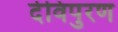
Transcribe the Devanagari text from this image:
देविपुरण